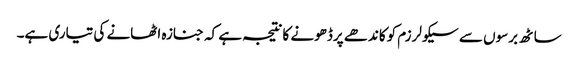
ساٹھ برسوں سے سیکولرزم کوکاندھے پرڈھونے کانتیجہ ہے کہ جنازہ اٹھانے کی تیاری ہے۔